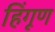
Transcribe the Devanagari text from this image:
हिंगूण